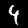
Digit: 4